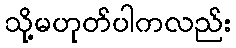
သို့မဟုတ်ပါကလည်း